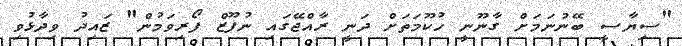
"ސިޔާސީ ބޭނުނަމަށް ގާނޫނީ ހުކޫމަތަށް ދަނީ ރާއްޖޭގައި ނުފޫޒް ފޯރިވަމުން" ޒައިދު ވިދާޅުވި